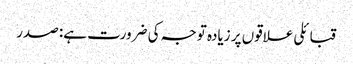
قبائلی علاقوں پر زیادہ توجہ کی ضرورت ہے: صدر